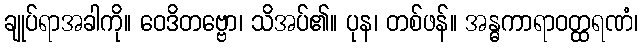
ချုပ်ရာအခါကို။ ဝေဒိတဗ္ဗော၊ သိအပ်၏။ ပုန၊ တစ်ဖန်။ အန္ဓကာရာဝတ္ထရဏံ၊